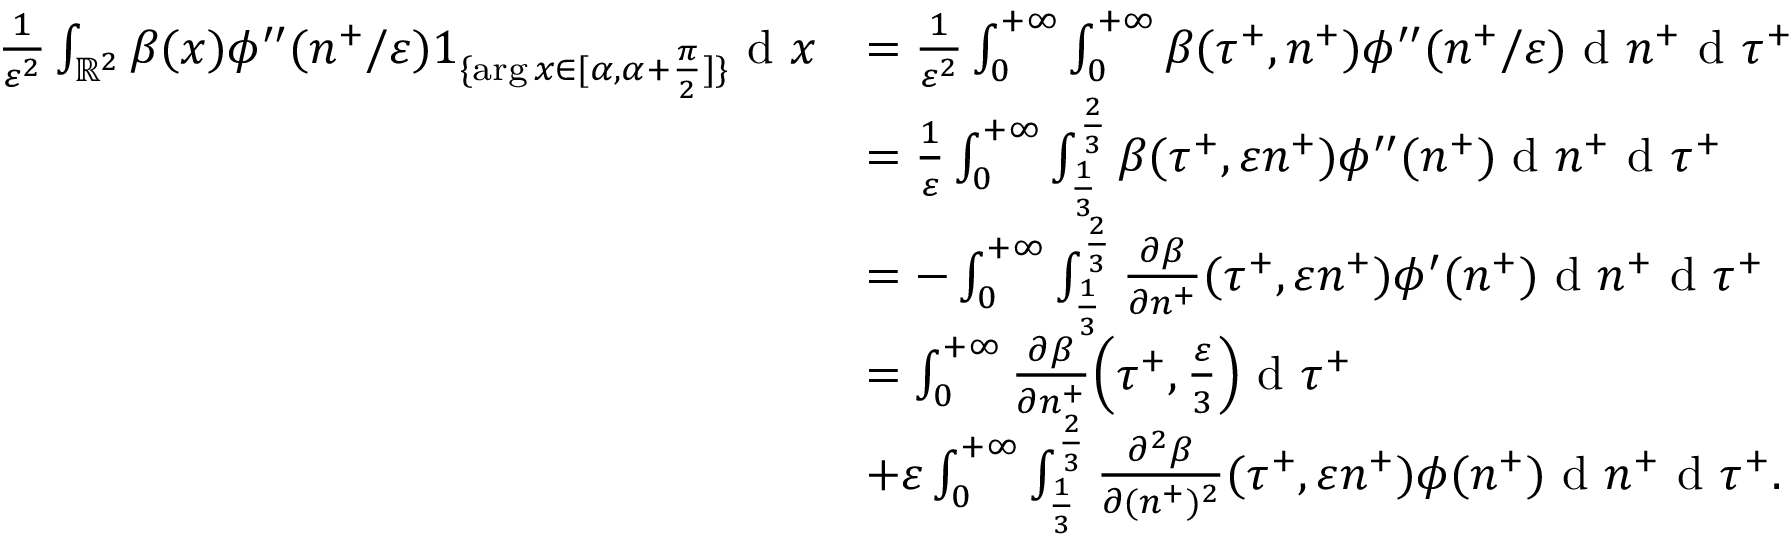
\begin{array} { r l } { \frac { 1 } { \varepsilon ^ { 2 } } \int _ { \mathbb { R } ^ { 2 } } \beta ( x ) \phi ^ { \prime \prime } ( n ^ { + } / \varepsilon ) 1 _ { \{ \arg x \in [ \alpha , \alpha + \frac { \pi } { 2 } ] \} } \textrm { d } x } & { = \frac { 1 } { \varepsilon ^ { 2 } } \int _ { 0 } ^ { + \infty } \int _ { 0 } ^ { + \infty } \beta ( \tau ^ { + } , n ^ { + } ) \phi ^ { \prime \prime } ( n ^ { + } / \varepsilon ) \textrm { d } n ^ { + } \textrm { d } \tau ^ { + } } \\ & { = \frac { 1 } { \varepsilon } \int _ { 0 } ^ { + \infty } \int _ { \frac { 1 } { 3 } } ^ { \frac { 2 } { 3 } } \beta ( \tau ^ { + } , \varepsilon n ^ { + } ) \phi ^ { \prime \prime } ( n ^ { + } ) \textrm { d } n ^ { + } \textrm { d } \tau ^ { + } } \\ & { = - \int _ { 0 } ^ { + \infty } \int _ { \frac { 1 } { 3 } } ^ { \frac { 2 } { 3 } } \frac { \partial \beta } { \partial n ^ { + } } ( \tau ^ { + } , \varepsilon n ^ { + } ) \phi ^ { \prime } ( n ^ { + } ) \textrm { d } n ^ { + } \textrm { d } \tau ^ { + } } \\ & { = \int _ { 0 } ^ { + \infty } \frac { \partial \beta } { \partial n ^ { + } } \Big ( \tau ^ { + } , \frac { \varepsilon } { 3 } \Big ) \textrm { d } \tau ^ { + } } \\ & { + \varepsilon \int _ { 0 } ^ { + \infty } \int _ { \frac { 1 } { 3 } } ^ { \frac { 2 } { 3 } } \frac { \partial ^ { 2 } \beta } { \partial ( n ^ { + } ) ^ { 2 } } ( \tau ^ { + } , \varepsilon n ^ { + } ) \phi ( n ^ { + } ) \textrm { d } n ^ { + } \textrm { d } \tau ^ { + } . } \end{array}